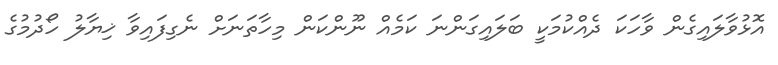
އޮޅުވާލައިގެން ވާހަކަ ދެއްކުމަކީ ބަލައިގަންނަ ކަމެއް ނޫންކަން މިހާތަނަށް ނެގިފައިވާ ޚިޔާލު ހޯދުމުގެ